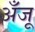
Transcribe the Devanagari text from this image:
अँजू